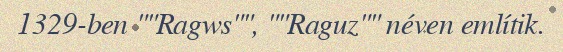
1329-ben ""Ragws"", ""Raguz"" néven említik.